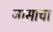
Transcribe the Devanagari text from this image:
नासाचा